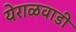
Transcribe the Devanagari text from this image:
येराळवाडी